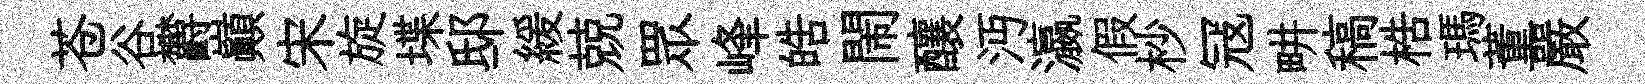
苍谷欝巔宋旋堞邸緩兢眾峰皓閙釀沔瀛假杪冦畊稿梏瑪董嚴